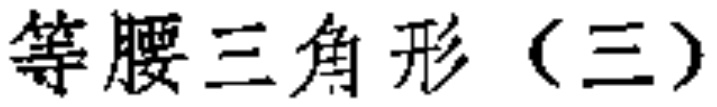
等腰三角形（三）